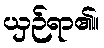
ယှဉ်ရာ၏။